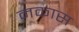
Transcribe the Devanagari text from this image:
मकास